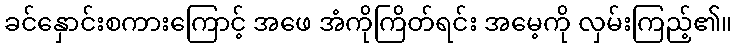
ခင်နှောင်းစကားကြောင့် အဖေ အံကိုကြိတ်ရင်း အမေ့ကို လှမ်းကြည့်၏။